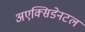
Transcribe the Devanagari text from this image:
अएक्सिडेनटल